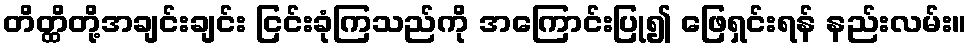
တိတ္ထိတို့အချင်းချင်း ငြင်းခုံကြသည်ကို အကြောင်းပြု၍ ဖြေရှင်းရန် နည်းလမ်း။